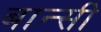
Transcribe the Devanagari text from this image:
बान्‍सी